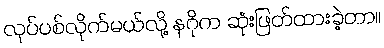
လုပ်ပစ်လိုက်မယ်လို့ နဂိုက ဆုံးဖြတ်ထားခဲ့တာ။